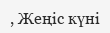
, Жеңіс күні